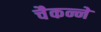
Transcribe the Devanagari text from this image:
चैकन्ने